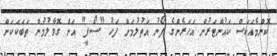
ކޮންމެއަކަސް ކައުންޓަރުން އަހަރެންގެ ފޯނު އަތުލުމަށް ފަހު "ސޯފީ" އަށް ގޮވާލުމުން ތަބަކަކަށް